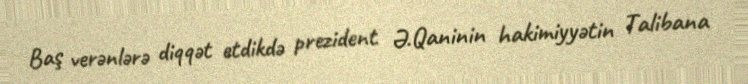
Baş verənlərə diqqət etdikdə prezident Ə.Qaninin hakimiyyətin Talibana